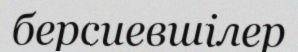
берсиевшілер